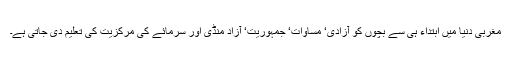
مغربی دنیا میں ابتداء ہی سے بچوں کو آزادی‘ مساوات‘ جمہوریت‘ آزاد منڈی اور سرمائے کی مرکزیت کی تعلیم دی جاتی ہے۔